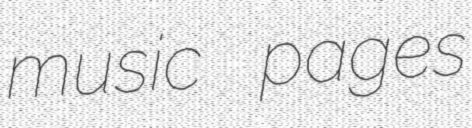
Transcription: music pages